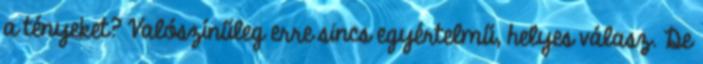
a tényeket? Valószínűleg erre sincs egyértelmű, helyes válasz. De